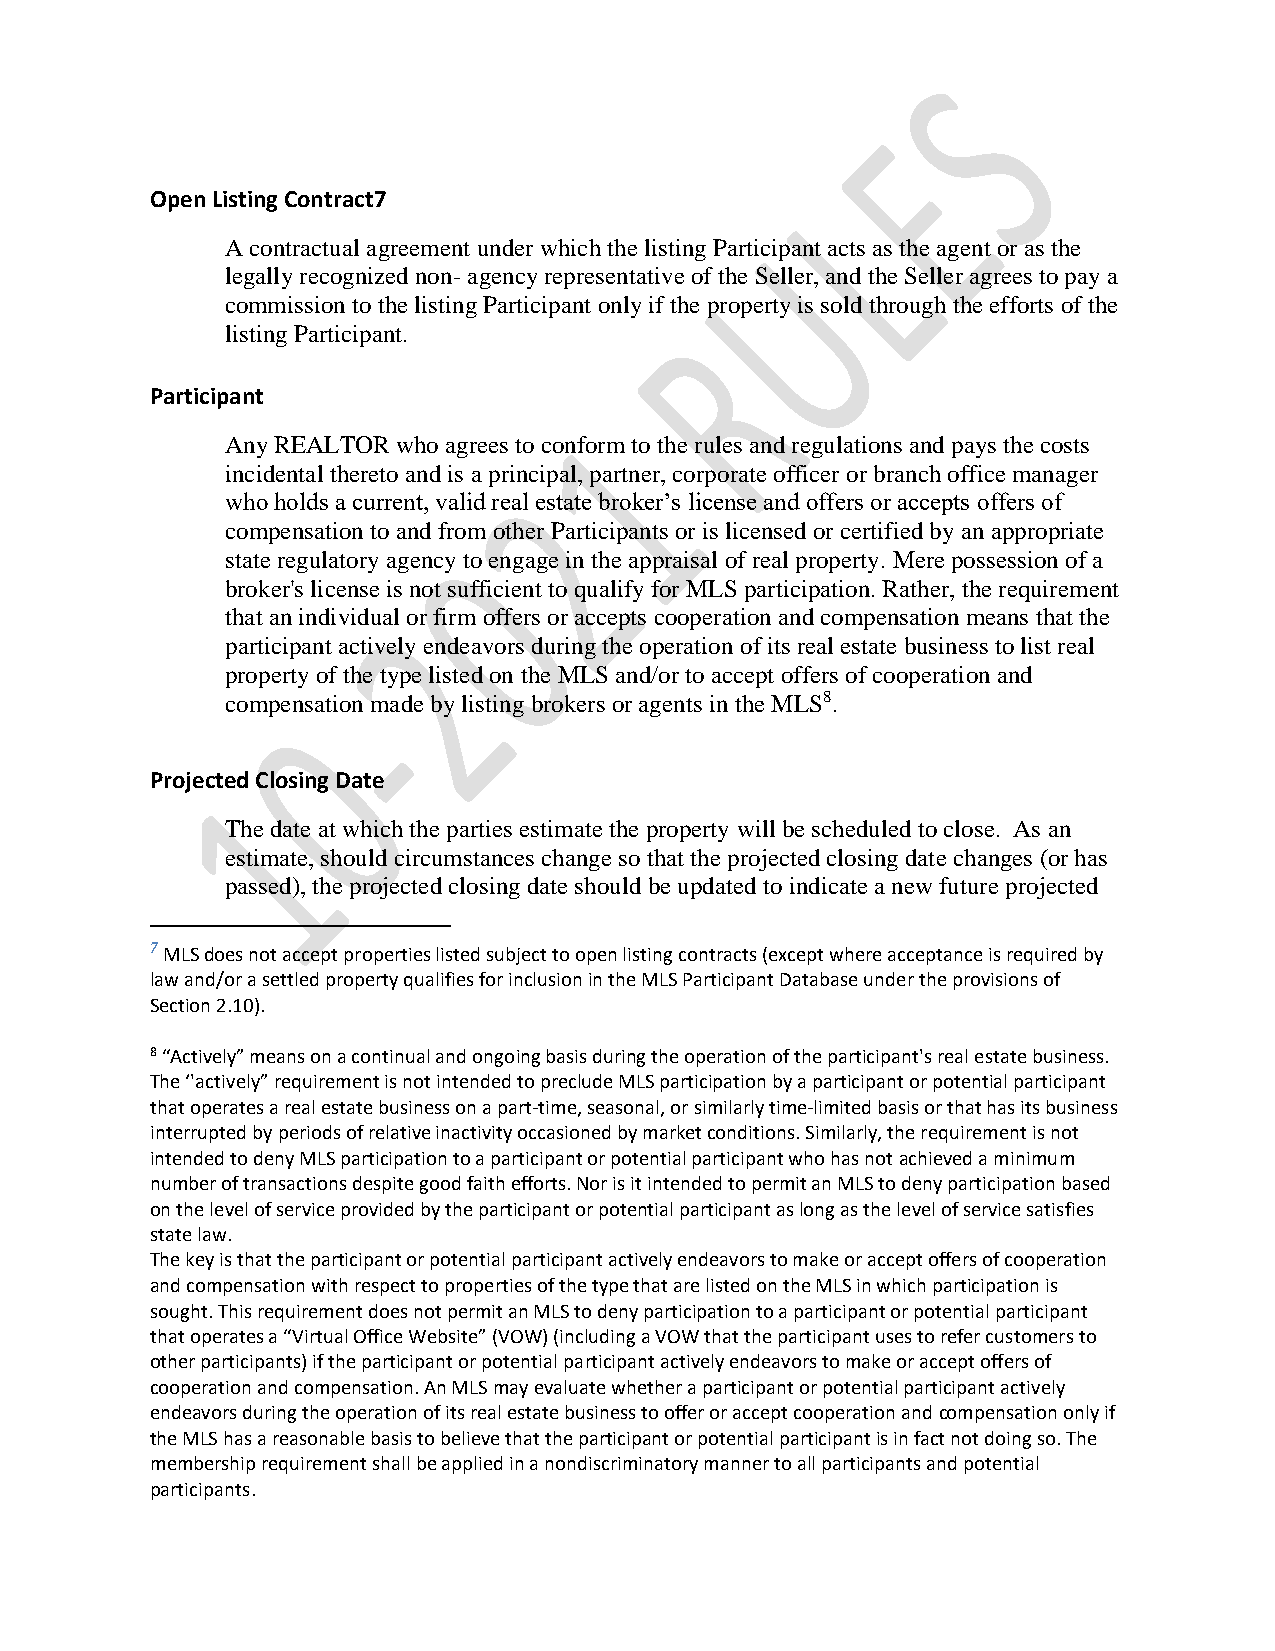
Open Listing Contract7
 A contractual agreement under which the listing Participant acts as the agent or as the
 legally recognized non- agency representative of the Seller, and the Seller agrees to pay a
 commission to the listing Participant only if the property is sold through the efforts of the
 listing Participant.
 Participant
 Any REALTOR who agrees to conform to the rules and regulations and pays the costs
 incidental thereto and is a principal, partner, corporate officer or branch office manager
 who holds a current, valid real estate broker’s license and offers or accepts offers of
 compensation to and from other Participants or is licensed or certified by an appropriate
 state regulatory agency to engage in the appraisal of real property. Mere possession of a
 broker's license is not sufficient to qualify for MLS participation. Rather, the requirement
 that an individual or firm offers or accepts cooperation and compensation means that the
 participant actively endeavors during the operation of its real estate business to list real
 property of the type listed on the MLS and/or to accept offers of cooperation and
 compensation made by listing brokers or agents in the MLS8.
 Projected Closing Date
 The date at which the parties estimate the property will be scheduled to close. As an
 estimate, should circumstances change so that the projected closing date changes (or has
 passed), the projected closing date should be updated to indicate a new future projected
 7 MLS does not accept properties listed subject to open listing contracts (except where acceptance is required by
 law and/or a settled property qualifies for inclusion in the MLS Participant Database under the provisions of
 Section 2.10).
 8 “Actively” means on a continual and ongoing basis during the operation of the participant's real estate business.
 The ‘'actively” requirement is not intended to preclude MLS participation by a participant or potential participant
 that operates a real estate business on a part‐time, seasonal, or similarly time‐limited basis or that has its business
 interrupted by periods of relative inactivity occasioned by market conditions. Similarly, the requirement is not
 intended to deny MLS participation to a participant or potential participant who has not achieved a minimum
 number of transactions despite good faith efforts. Nor is it intended to permit an MLS to deny participation based
 on the level of service provided by the participant or potential participant as long as the level of service satisfies
 state law.
 The key is that the participant or potential participant actively endeavors to make or accept offers of cooperation
 and compensation with respect to properties of the type that are listed on the MLS in which participation is
 sought. This requirement does not permit an MLS to deny participation to a participant or potential participant
 that operates a “Virtual Office Website” (VOW) (including a VOW that the participant uses to refer customers to
 other participants) if the participant or potential participant actively endeavors to make or accept offers of
 cooperation and compensation. An MLS may evaluate whether a participant or potential participant actively
 endeavors during the operation of its real estate business to offer or accept cooperation and compensation only if
 the MLS has a reasonable basis to believe that the participant or potential participant is in fact not doing so. The
 membership requirement shall be applied in a nondiscriminatory manner to all participants and potential
 participants.